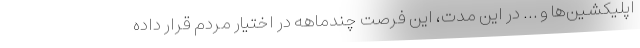
اپلیکشین‌ها و … در این مدت، این فرصت چندماهه در اختیار مردم قرار داده